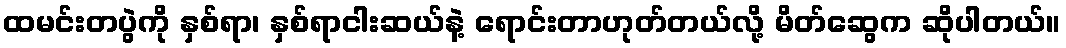
ထမင်းတပွဲကို နှစ်ရာ၊ နှစ်ရာငါးဆယ်နဲ့ ရောင်းတာဟုတ်တယ်လို့ မိတ်ဆွေက ဆိုပါတယ်။